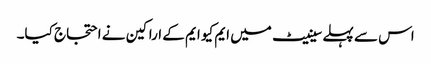
اس سے پہلے سینیٹ میں ایم کیو ایم کے اراکین نے احتجاج کیا۔